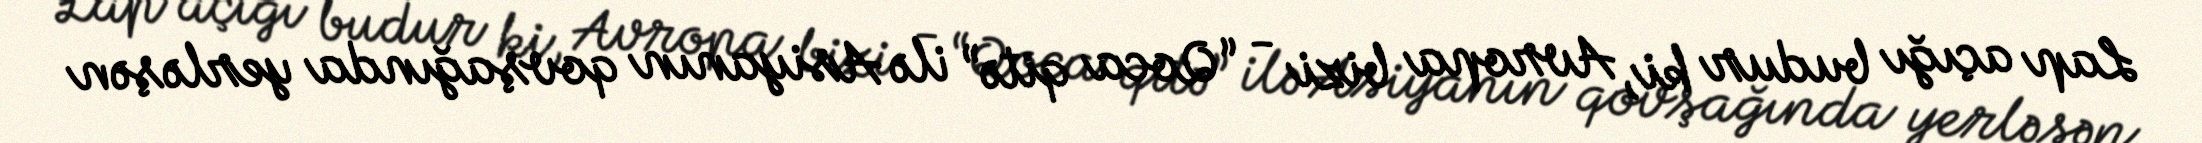
Lap açığı budur ki, Avropa bizi - “Qoca qitə” ilə Asiyanın qovşağında yerləşən